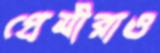
প্রেমীরাও